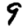
Digit: 9